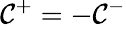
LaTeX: {\cal C}_{}^{\mathrm{{+}}}=-{\cal C}_{}^{-}